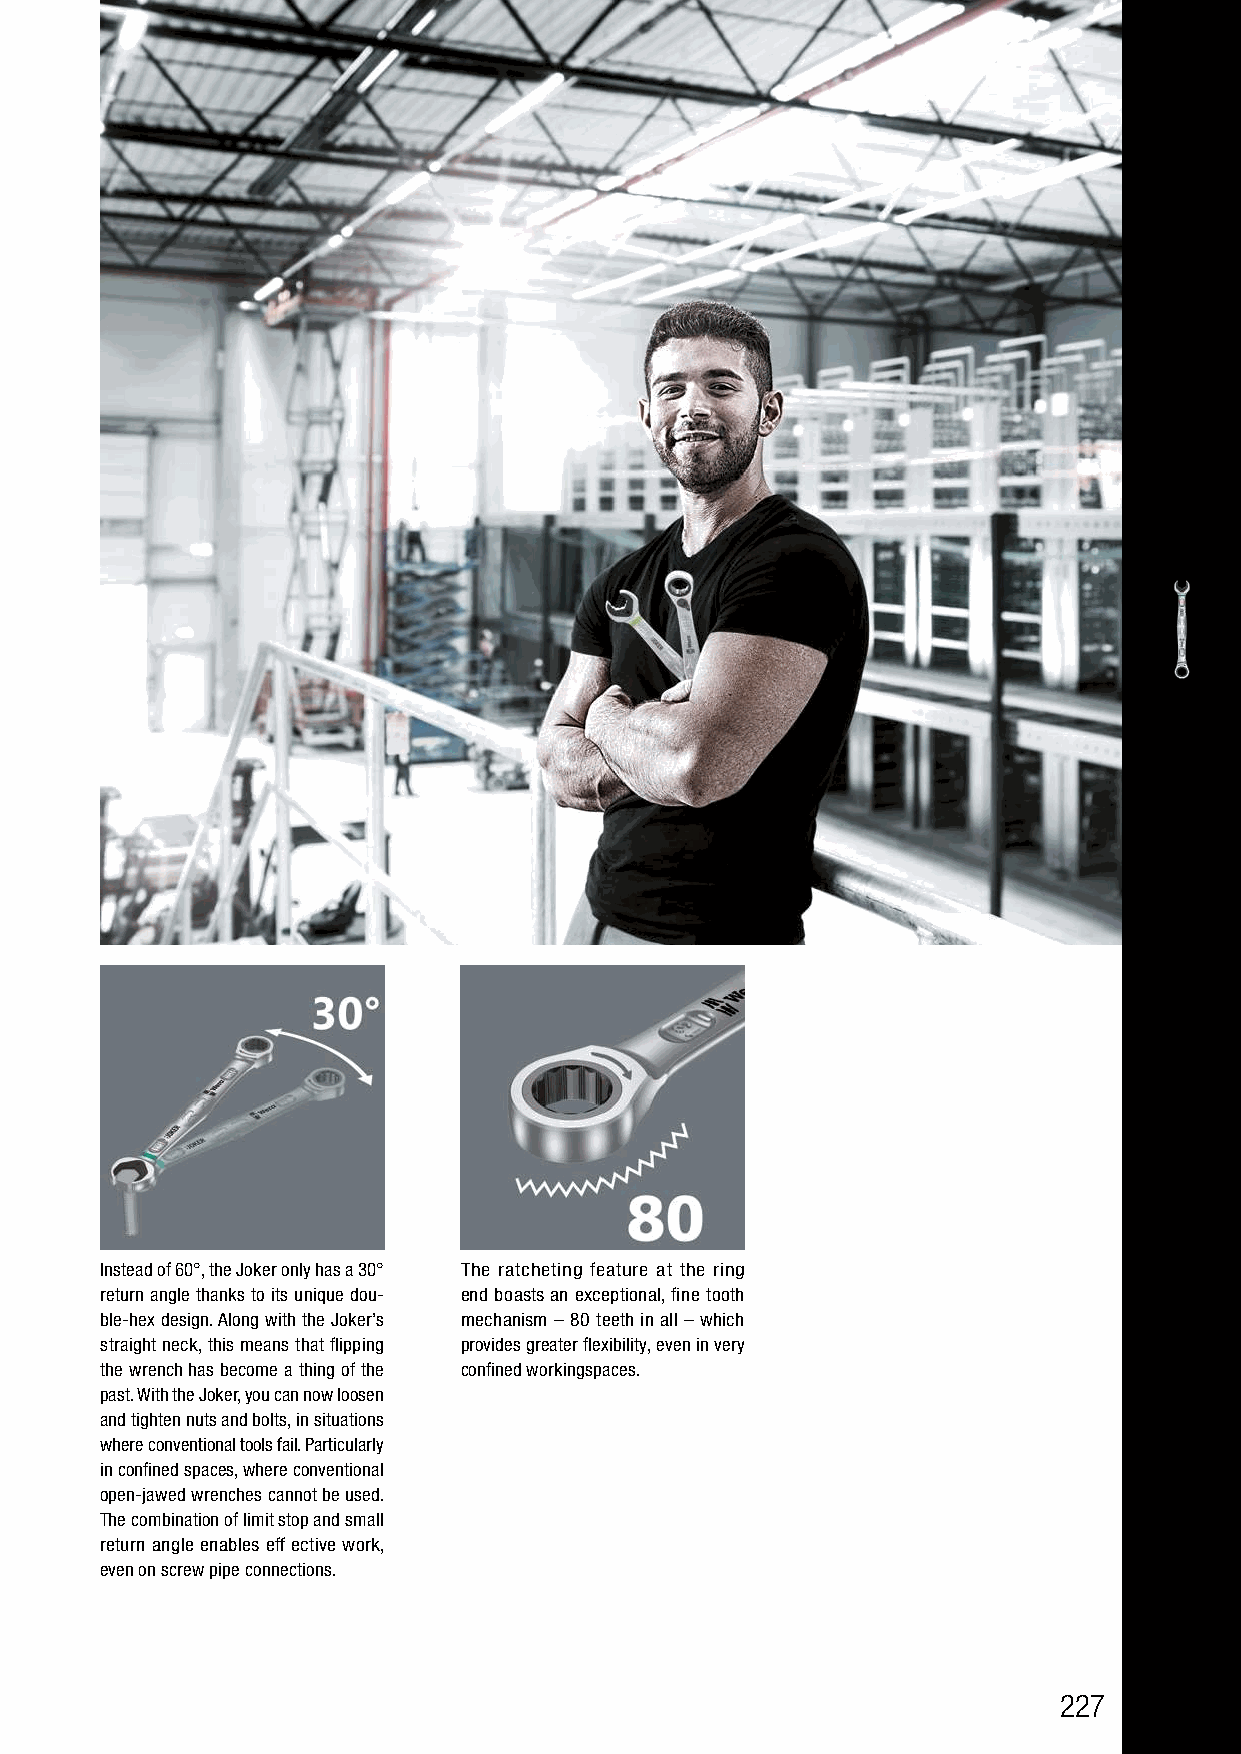
Instead of 60°, the Joker only has a 30° The ratcheting feature at the ring
 return angle thanks to its unique dou- end boasts an exceptional, fine tooth
 ble-hex design. Along with the Joker’s mechanism – 80 teeth in all – which
 straight neck, this means that flipping provides greater flexibility, even in very
 the wrench has become a thing of the confined workingspaces.
 past. With the Joker, you can now loosen
 and tighten nuts and bolts, in situations
 where conventional tools fail. Particularly
 in confined spaces, where conventional
 open-jawed wrenches cannot be used.
 The combination of limit stop and small
 return angle enables eff ective work,
 even on screw pipe connections.
 227